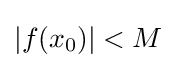
|f(x_{0})|<M